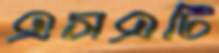
এসএটি